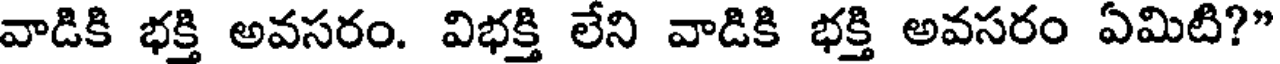
వాడికి భక్తి అవసరం. విభక్తి లేని వాడికి భక్తి అవసరం ఏమిటి?"